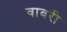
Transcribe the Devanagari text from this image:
वावरी